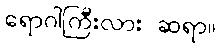
ရောဂါကြီးလား ဆရာ။